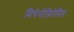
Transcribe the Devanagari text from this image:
मिथेनोजिनेसिस